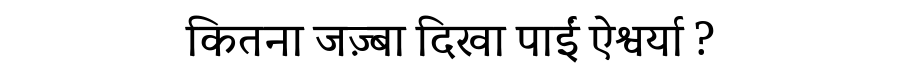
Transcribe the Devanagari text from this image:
कितना जज़्बा दिखा पाईं ऐश्वर्या ?